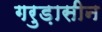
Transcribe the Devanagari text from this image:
गरुड़ासीन